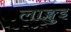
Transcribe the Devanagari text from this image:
लाङ्खुइ